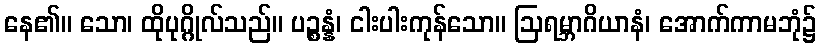
နေ၏။ သော၊ ထိုပုဂ္ဂိုလ်သည်။ ပဉ္စန္နံ၊ ငါးပါးကုန်သော။ ဩရမ္ဘာဂိယာနံ၊ အောက်ကာမဘုံ၌